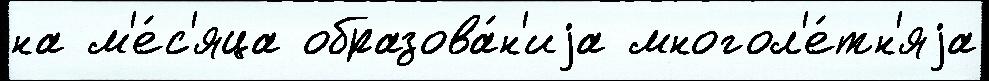
на м'е́с'яца образова́н'иjа многол'е́тн'яjа